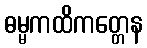
ဓမ္မကထိကတ္တေန